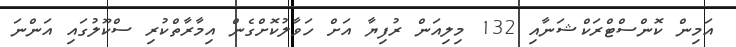
އަމިން ކޮންސްޓްރަކްޝަނާއި 132 މިލިއަން ރުފިޔާ އަށް ހަވާލުކޮށްގެން އިމާރާތްކުރި ސްކޫލުގައި އަންނަ